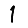
Digit: 1